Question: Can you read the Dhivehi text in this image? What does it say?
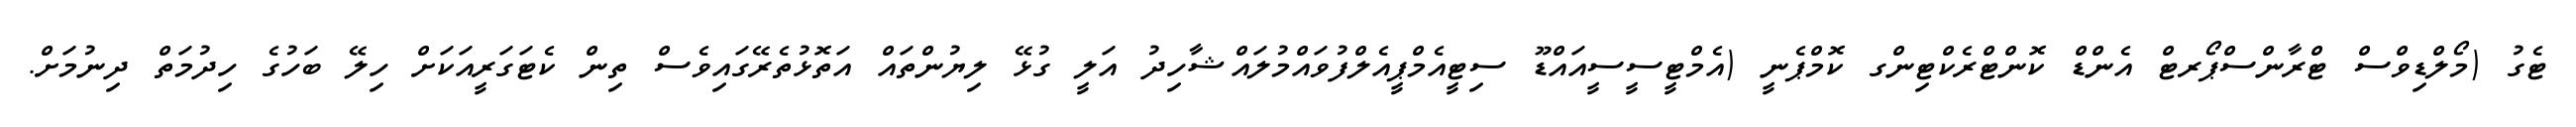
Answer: ޓެގު (މޯލްޑިވްސް ޓްރާންސްޕޯރޓް އެންޑް ކޮންޓްރެކްޓިންގ ކޮމްޕެނީ (އެމްޓީސީސީއައްޑޫ ސިޓީއެމްޕީއެލްފުވައްމުލައްޝާހިދު އަލީ ގުޅޭ ލިޔުންތައް އަތޮޅުތެރޭގައިވެސް ތިން ކެޓަގަރީއަކަށް ހިލޭ ބަހުގެ ހިދުމަތް ދިނުމަށް.